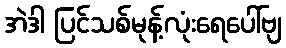
အဲဒါ ပြင်သစ်မုန့်လုံးရေပေါ်ဗျ